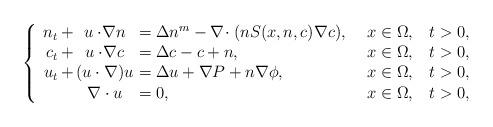
LaTeX: \begin{align*}\left\{\begin{array}{r@{\,}c@{\,}c@{\ }l@{\quad}l@{\quad}l@{\,}c}n_{t}&+&u\cdot\!\nabla n&=\Delta n^m-\nabla\!\cdot(nS(x,n,c)\nabla c),\ &x\in\Omega,& t>0,\\c_{t}&+&u\cdot\!\nabla c&=\Delta c-c+n,\ &x\in\Omega,& t>0,\\u_{t}&+&(u\cdot\nabla)u&=\Delta u+\nabla P+n\nabla\phi,\ &x\in\Omega,& t>0,\\&&\nabla\cdot u&=0,\ &x\in\Omega,& t>0,\end{array}\right.\end{align*}